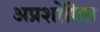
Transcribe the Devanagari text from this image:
अप्रशोधित